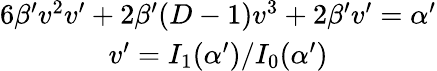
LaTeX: \begin{array}{c}{{6\beta^{\prime}v^{2}v^{\prime}+2\beta^{\prime}(D-1)v^{3}+2\beta^{\prime}v^{\prime}=\alpha^{\prime}}}\\ {{v^{\prime}=I_{1}(\alpha^{\prime})/I_{0}(\alpha^{\prime})}}\end{array}